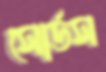
সোর্ডস